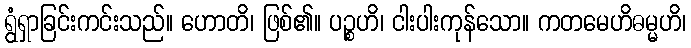
ရွံရှာခြင်းကင်းသည်။ ဟောတိ၊ ဖြစ်၏။ ပဉ္စဟိ၊ ငါးပါးကုန်သော။ ကတမေဟိဓမ္မဟိ၊